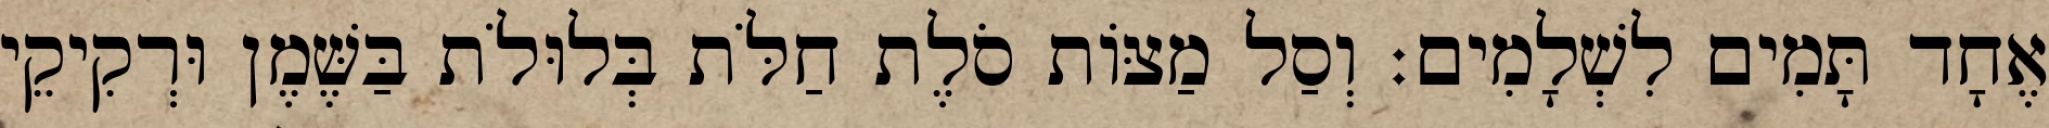
אֶחָד תָּמִים לִשְׁלָמִים׃ וְסַל מַצּוֹת סֹלֶת חַלֹּת בְּלוּלֹת בַּשֶּׁמֶן וּרְקִיקֵי